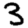
Digit: 3